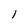
Character: 1